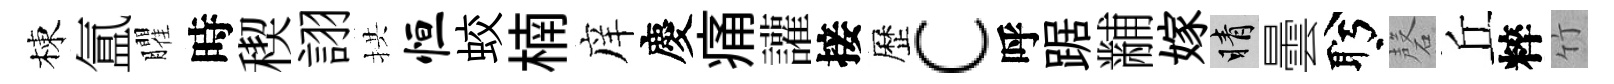
棟氲臞時稧詡拱恒蛟楠庠慶痛讙接歷c呼踞黼嫁睛曇盻磬丘粹竹